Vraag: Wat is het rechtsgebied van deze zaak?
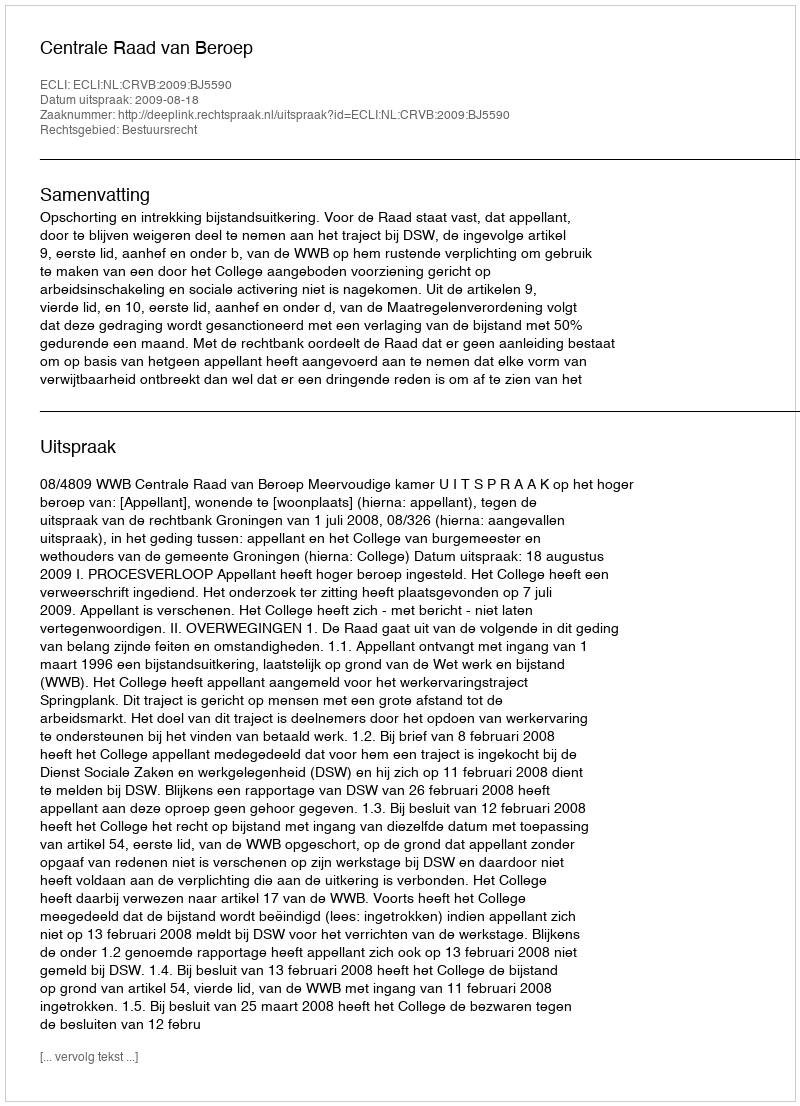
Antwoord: Bestuursrecht